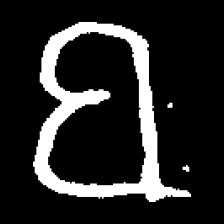
Pyu character \u2014 Myanmar letter: ဗ (romanized: ba)